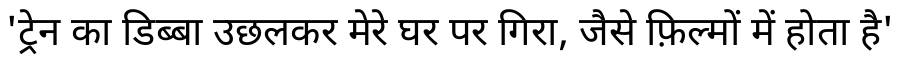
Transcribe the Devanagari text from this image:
'ट्रेन का डिब्बा उछलकर मेरे घर पर गिरा, जैसे फ़िल्मों में होता है'